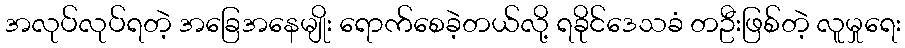
အလုပ်လုပ်ရတဲ့ အခြေအနေမျိုး ရောက်စေခဲ့တယ်လို့ ရခိုင်ဒေသခံ တဦးဖြစ်တဲ့ လူမှုရေး